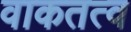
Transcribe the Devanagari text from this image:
वाकतत्व